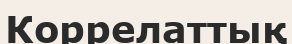
Коррелаттық